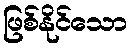
ဖြစ်နိုင်သော